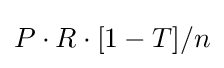
P\cdot R\cdot [1-T]/n